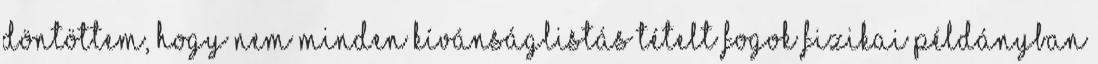
döntöttem, hogy nem minden kívánságlistás tételt fogok fizikai példányban